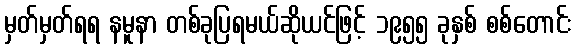
မှတ်မှတ်ရရ နမူနာ တစ်ခုပြရမယ်ဆိုယင်ဖြင့် ၁၉၅၅ ခုနှစ် စစ်တောင်း